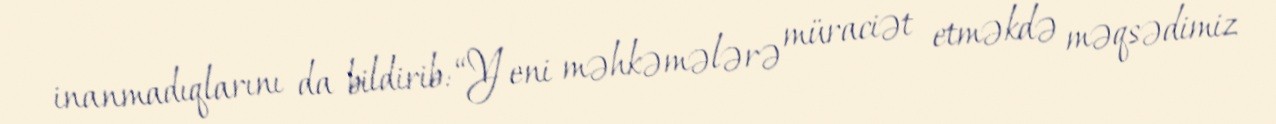
inanmadıqlarını da bildirib: “Yeni məhkəmələrə müraciət etməkdə məqsədimiz